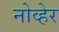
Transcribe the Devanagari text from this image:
नोव्हेर